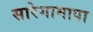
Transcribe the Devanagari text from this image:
सारेगामापा